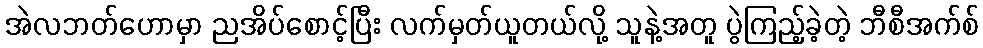
အဲလဘတ်ဟောမှာ ညအိပ်စောင့်ပြီး လက်မှတ်ယူတယ်လို့ သူနဲ့အတူ ပွဲကြည့်ခဲ့တဲ့ ဘီစီအက်စ်